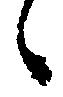
候